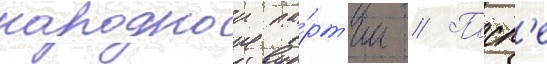
народнои па́рт'ии // Посл'е